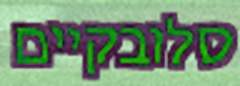
סלובקיים